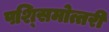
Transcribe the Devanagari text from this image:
पश्सिमोत्तरी